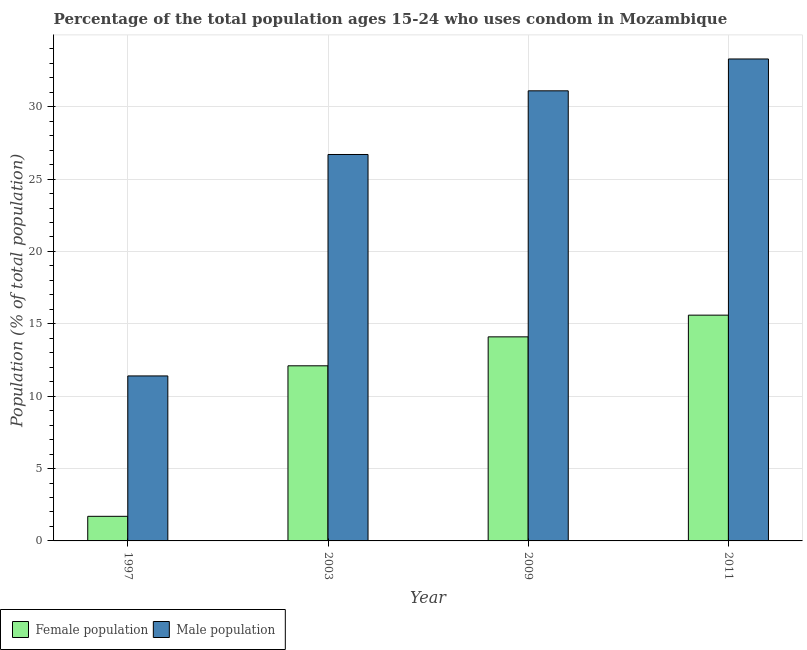
| Year | Female population | Male population |
 | --- | --- | --- |
 | 1997 | 1.7 | 11.4 |
 | 2003 | 12.1 | 26.7 |
 | 2009 | 14.1 | 31.1 |
 | 2011 | 15.6 | 33.3 |